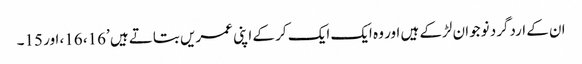
ان کے اردگرد نوجوان لڑکے ہیں اور وہ ایک ایک کر کے اپنی عمریں بتاتے ہیں ’16، 16، اور 15۔